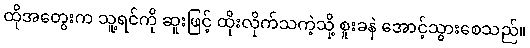
ထိုအတွေးက သူ့ရင်ကို ဆူးဖြင့် ထိုးလိုက်သကဲ့သို့ စူးခနဲ အောင့်သွားစေသည်။